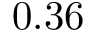
0 . 3 6